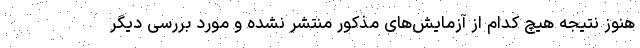
هنوز نتیجه هیچ کدام از آزمایش‌های مذکور منتشر نشده و مورد بررسی دیگر